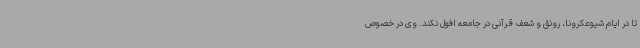
تا در ایام شیوعکرونا، رونق و شعف قرآنی در جامعه افول نکند. وی در خصوص